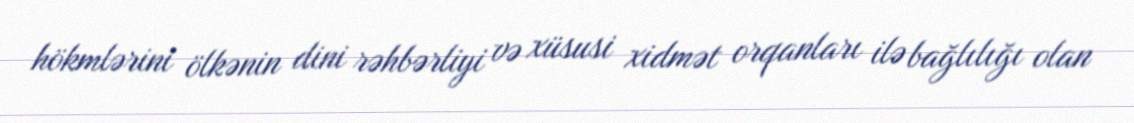
hökmlərini ölkənin dini rəhbərliyi və xüsusi xidmət orqanları ilə bağlılığı olan